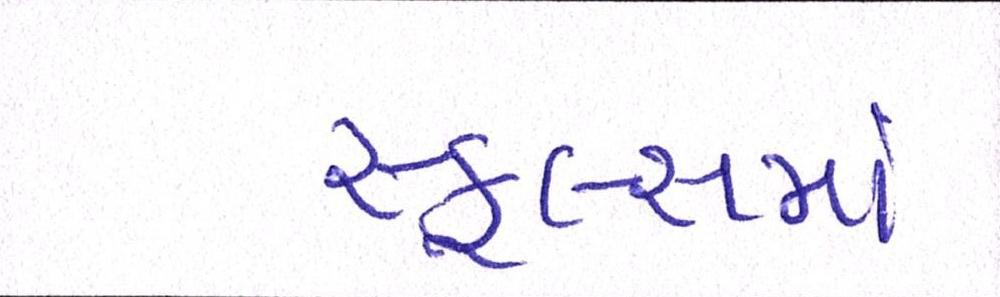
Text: સ્કૂલ્સમાં